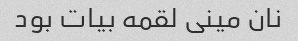
نان مینی لقمه بیات بود